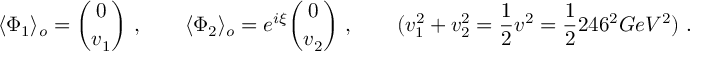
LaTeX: \langle \Phi _ { 1 } \rangle _ { o } = { \binom { 0 } { v _ { 1 } } } \ , \qquad \langle \Phi _ { 2 } \rangle _ { o } = e ^ { i \xi } { \binom { 0 } { v _ { 2 } } } \ , \qquad ( v _ { 1 } ^ { 2 } + v _ { 2 } ^ { 2 } = \frac { 1 } { 2 } v ^ { 2 } = \frac { 1 } { 2 } 2 4 6 ^ { 2 } G e V ^ { 2 } ) \ .